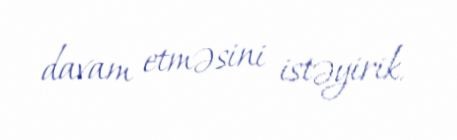
davam etməsini istəyirik.